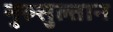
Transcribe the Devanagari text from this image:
नुरुसुल्तान